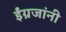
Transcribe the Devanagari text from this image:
ईंग्रजांनी